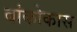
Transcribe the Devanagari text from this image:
बांकोकास